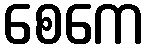
စေကေ